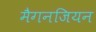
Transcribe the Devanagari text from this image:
मैगनजियन